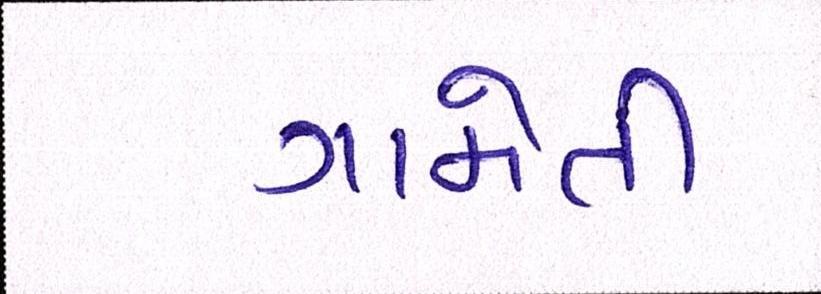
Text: ગામેતી